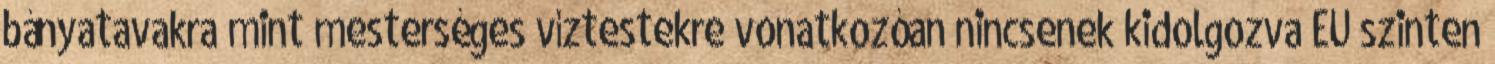
bányatavakra mint mesterséges víztestekre vonatkozóan nincsenek kidolgozva EU szinten